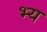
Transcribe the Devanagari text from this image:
भ्य